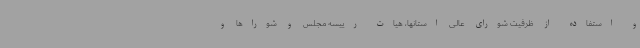
و استفاده از ظرفیت شورای عالی استانها، هیات رییسه مجلس و شوراها و